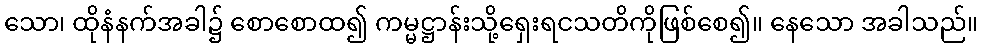
သော၊ ထိုနံနက်အခါ၌ စောစောထ၍ ကမ္မဋ္ဌာန်းသို့ရှေးရငသတိကိုဖြစ်စေ၍။ နေသော အခါသည်။